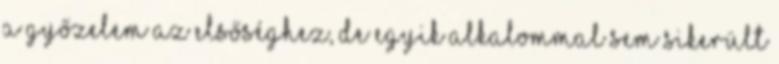
a győzelem az elsőséghez, de egyik alkalommal sem sikerült